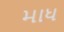
માધ